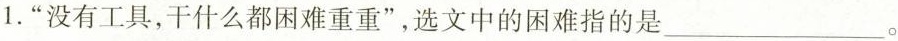
1.”没有工具，干什么都困难重重”，选文中的困难指的是___。